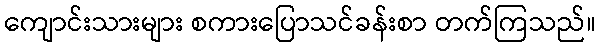
ကျောင်းသားများ စကားပြောသင်ခန်းစာ တက်ကြသည်။